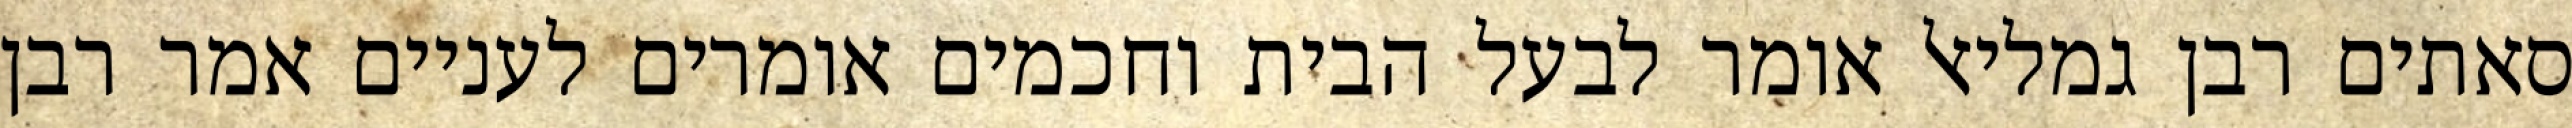
סאתים רבן גמליאל אומר לבעל הבית וחכמים אומרים לעניים אמר רבן